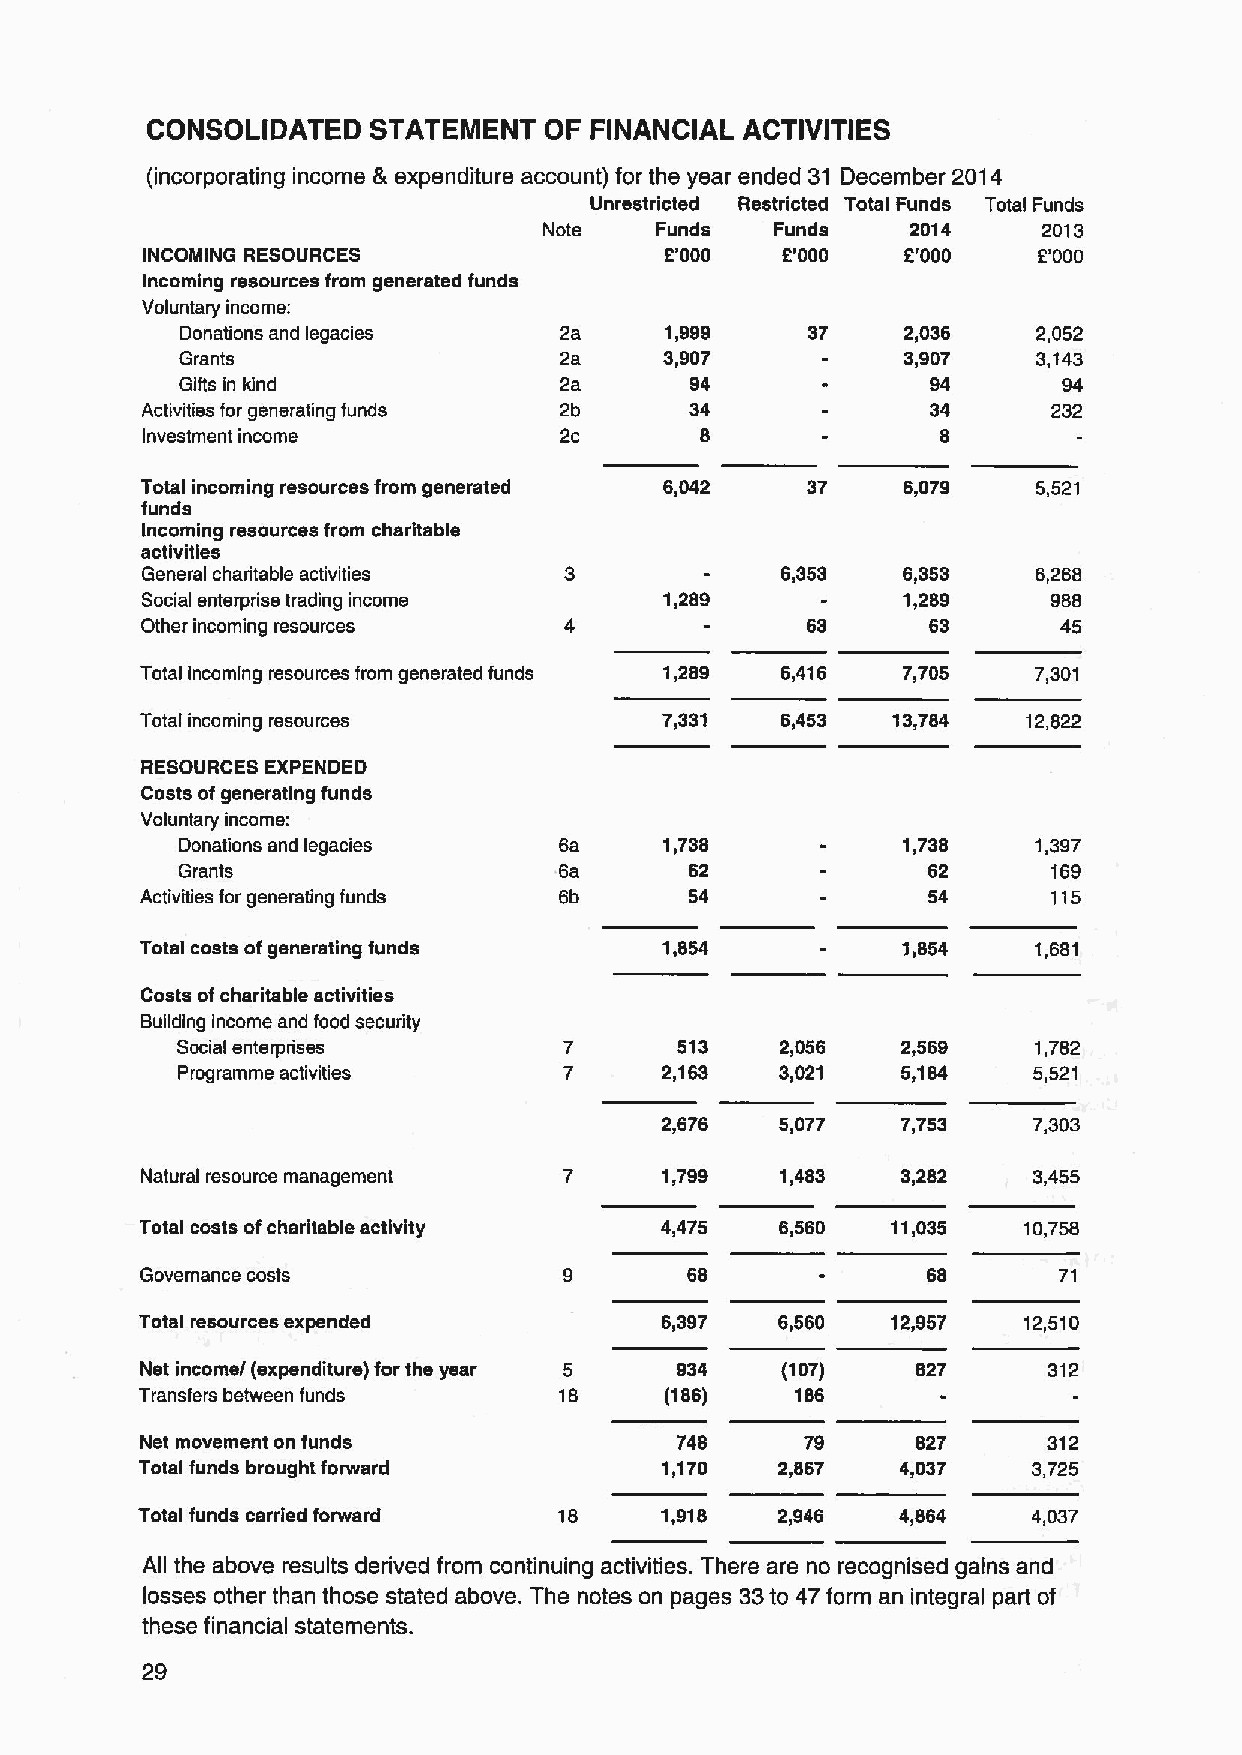
CONSOLIDATED   STATEMENT  OF FINANCIAL ACTIVITIES
 (incorporating income &expenditure account) for the year ended 31 December 2014
 Unrestricted Restricted Total Funds Total Funds
 Note   Funds   Funds    2014     2013
 INCOMING RESOURCES                 2'000   5'000   2'000    2'000
 Incoming resources from generated funds
 Voluntary income:
 Donations and legacies   2a     1,999    37     2,036    2,052
 Grants                   2a     3,907           3,907    3,143
 Gifts in kind            2a       94              94      94
 Activities for generating funds 2b   34              34      232
 Investment income           2c       8               8
 Total incoming resources from generated 6,042 37   6,079    5,521
 funds
 Incoming resources from charitable
 activities
 General charitable activities              6,353   6,353    6,268
 Social enterprise trading income   1,289           1,289     988
 Other incoming resources                    63       63      45
 Total incoming resources from generated funds 1,289 6,416 7,705 7,301
 Total incoming resources           7,331   6,453  13,784   12,822
 RESOURCES EXPENDED
 Costs ofgenerating funds
 Voluntary income:
 Donations and legacies   sa     1,738           1,738    1,397
 Grants                   sa       62             62       169
 Activities for generating funds 6b   54             54       115
 Total costs ofgenerating funds     1,854           1,854    1,681
 Costs ofcharitable activities
 Building income and food security
 Social enterprises       7       513    2,056   2,569    1,782
 Programme activities     7      2,163   3,021   5,184   5,521
 2,676   5,077   7,753   7,303
 Natural resource management 7      1,799   1,483   3,282   3,455
 Total costs ofcharitable activity  4,475   6,560  11,035   10,758
 Governance costs                    68              68       71
 Total resources expended           6,397   6,560  12,957   12,510
 Net incomef (expenditure) for the year 5 934 (107)  827     312
 Transfers between funds     18     (186)    186
 Net movement on funds               748     79      827     312
 Total funds brought forward        1,170   2,867   4,037   3,725
 Total funds carried forward 18     1,918  2,946    4,864   4,037
 All the above results derived from continuing activities. There are no recognised gains and
 losses other than those stated above. The notes on pages 33to 47 form an integral part of
 these financial statements.
 29